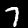
Label: 7